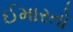
ઈમારતો